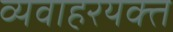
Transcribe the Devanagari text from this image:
व्यवाहरयक्त